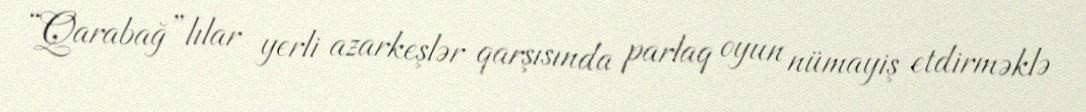
“Qarabağ”lılar yerli azarkeşlər qarşısında parlaq oyun nümayiş etdirməklə